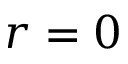
r = 0